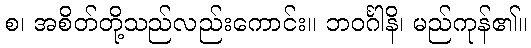
စ၊ အစိတ်တို့သည်လည်းကောင်း။ ဘဝင်္ဂါနိ၊ မည်ကုန်၏။